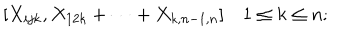
[ X _ { i j k } , X _ { 1 2 k } + \dots + X _ { k , n - 1 , n } ] \quad 1 \le k \le n ;